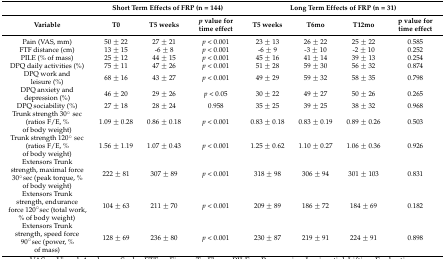
<table><thead><tr><td></td><td colspan="3"><b>Short Term Effects of FRP (n = 144)</b></td><td colspan="4"><b>Long Term Effects of FRP (n = 31)</b></td></tr></thead><tbody><tr><td><b>Variable</b></td><td><b>T0</b></td><td><b>T5 weeks</b></td><td><b><i>p</i> value for time effect</b></td><td><b>T5 weeks</b></td><td><b>T6mo</b></td><td><b>T12mo</b></td><td><b>p value for time effect</b></td></tr><tr><td>Pain (VAS, mm)</td><td>50 ± 22</td><td>27 ± 21</td><td><i>p</i> &lt; 0.001</td><td>23 ± 13</td><td>26 ± 22</td><td>25 ± 22</td><td>0.585</td></tr><tr><td>FTF distance (cm)</td><td>13 ± 15</td><td>-6 ± 8</td><td><i>p</i> &lt; 0.001</td><td>-6 ± 9</td><td>-3 ± 10</td><td>-2 ± 10</td><td>0.252</td></tr><tr><td>PILE (% of mass)</td><td>25 ± 12</td><td>44 ± 15</td><td><i>p</i> &lt; 0.001</td><td>45 ± 16</td><td>41 ± 14</td><td>39 ± 13</td><td>0.254</td></tr><tr><td>DPQ daily activities (%)</td><td>75 ± 11</td><td>47 ± 26</td><td><i>p</i> &lt; 0.001</td><td>51 ± 28</td><td>59 ± 30</td><td>56 ± 32</td><td>0.874</td></tr><tr><td>DPQ work and leisure (%)</td><td>68 ± 16</td><td>43 ± 27</td><td><i>p</i> &lt; 0.001</td><td>49 ± 29</td><td>59 ± 32</td><td>58 ± 35</td><td>0.798</td></tr><tr><td>DPQ anxiety and depression (%)</td><td>46 ± 20</td><td>29 ± 26</td><td><i>p</i> &lt; 0.05</td><td>30 ± 22</td><td>49 ± 27</td><td>50 ± 26</td><td>0.265</td></tr><tr><td>DPQ sociability (%)</td><td>27 ± 18</td><td>28 ± 24</td><td>0.958</td><td>35 ± 25</td><td>39 ± 25</td><td>38 ± 32</td><td>0.968</td></tr><tr><td>Trunk strength 30° sec (ratios F/E, % of body weight)</td><td>1.09 ± 0.28</td><td>0.86 ± 0.18</td><td><i>p</i> &lt; 0.001</td><td>0.83 ± 0.18</td><td>0.83 ± 0.19</td><td>0.89 ± 0.26</td><td>0.503</td></tr><tr><td>Trunk strength 120° sec (ratios F/E, % of body weight)</td><td>1.56 ± 1.19</td><td>1.07 ± 0.43</td><td><i>p</i> &lt; 0.001</td><td>1.25 ± 0.62</td><td>1.10 ± 0.27</td><td>1.06 ± 0.36</td><td>0.926</td></tr><tr><td>Extensors Trunk strength, maximal force 30°sec (peak torque, % of body weight)</td><td>222 ± 81</td><td>307 ± 89</td><td><i>p</i> &lt; 0.001</td><td>318 ± 98</td><td>306 ± 94</td><td>301 ± 103</td><td>0.831</td></tr><tr><td>Extensors Trunk strength, endurance force 120°sec (total work, % of body weight)</td><td>104 ± 63</td><td>211 ± 70</td><td><i>p</i> &lt; 0.001</td><td>209 ± 89</td><td>186 ± 72</td><td>184 ± 69</td><td>0.182</td></tr><tr><td>Extensors Trunk strength, speed force 90°sec (power, % of mass)</td><td>128 ± 69</td><td>236 ± 80</td><td><i>p</i> &lt; 0.001</td><td>230 ± 87</td><td>219 ± 91</td><td>224 ± 91</td><td>0.898</td></tr></tbody></table>